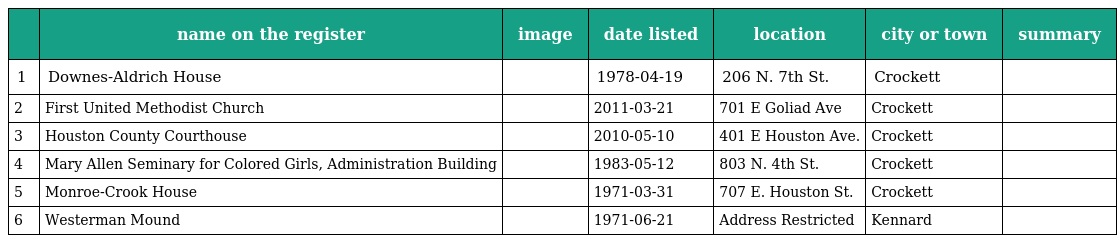
|  | name on the register | image | date listed | location | city or town | summary |
 | --- | --- | --- | --- | --- | --- | --- |
 | 1 | Downes-Aldrich House |  | 1978-04-19 | 206 N. 7th St. | Crockett |  |
 | 2 | First United Methodist Church |  | 2011-03-21 | 701 E Goliad Ave | Crockett |  |
 | 3 | Houston County Courthouse |  | 2010-05-10 | 401 E Houston Ave. | Crockett |  |
 | 4 | Mary Allen Seminary for Colored Girls, Administration Building |  | 1983-05-12 | 803 N. 4th St. | Crockett |  |
 | 5 | Monroe-Crook House |  | 1971-03-31 | 707 E. Houston St. | Crockett |  |
 | 6 | Westerman Mound |  | 1971-06-21 | Address Restricted | Kennard |  |